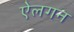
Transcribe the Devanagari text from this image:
ऐलगन